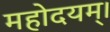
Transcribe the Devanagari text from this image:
महोदयम्।